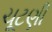
ચૂટણી